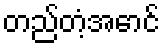
တည်တံ့အောင်